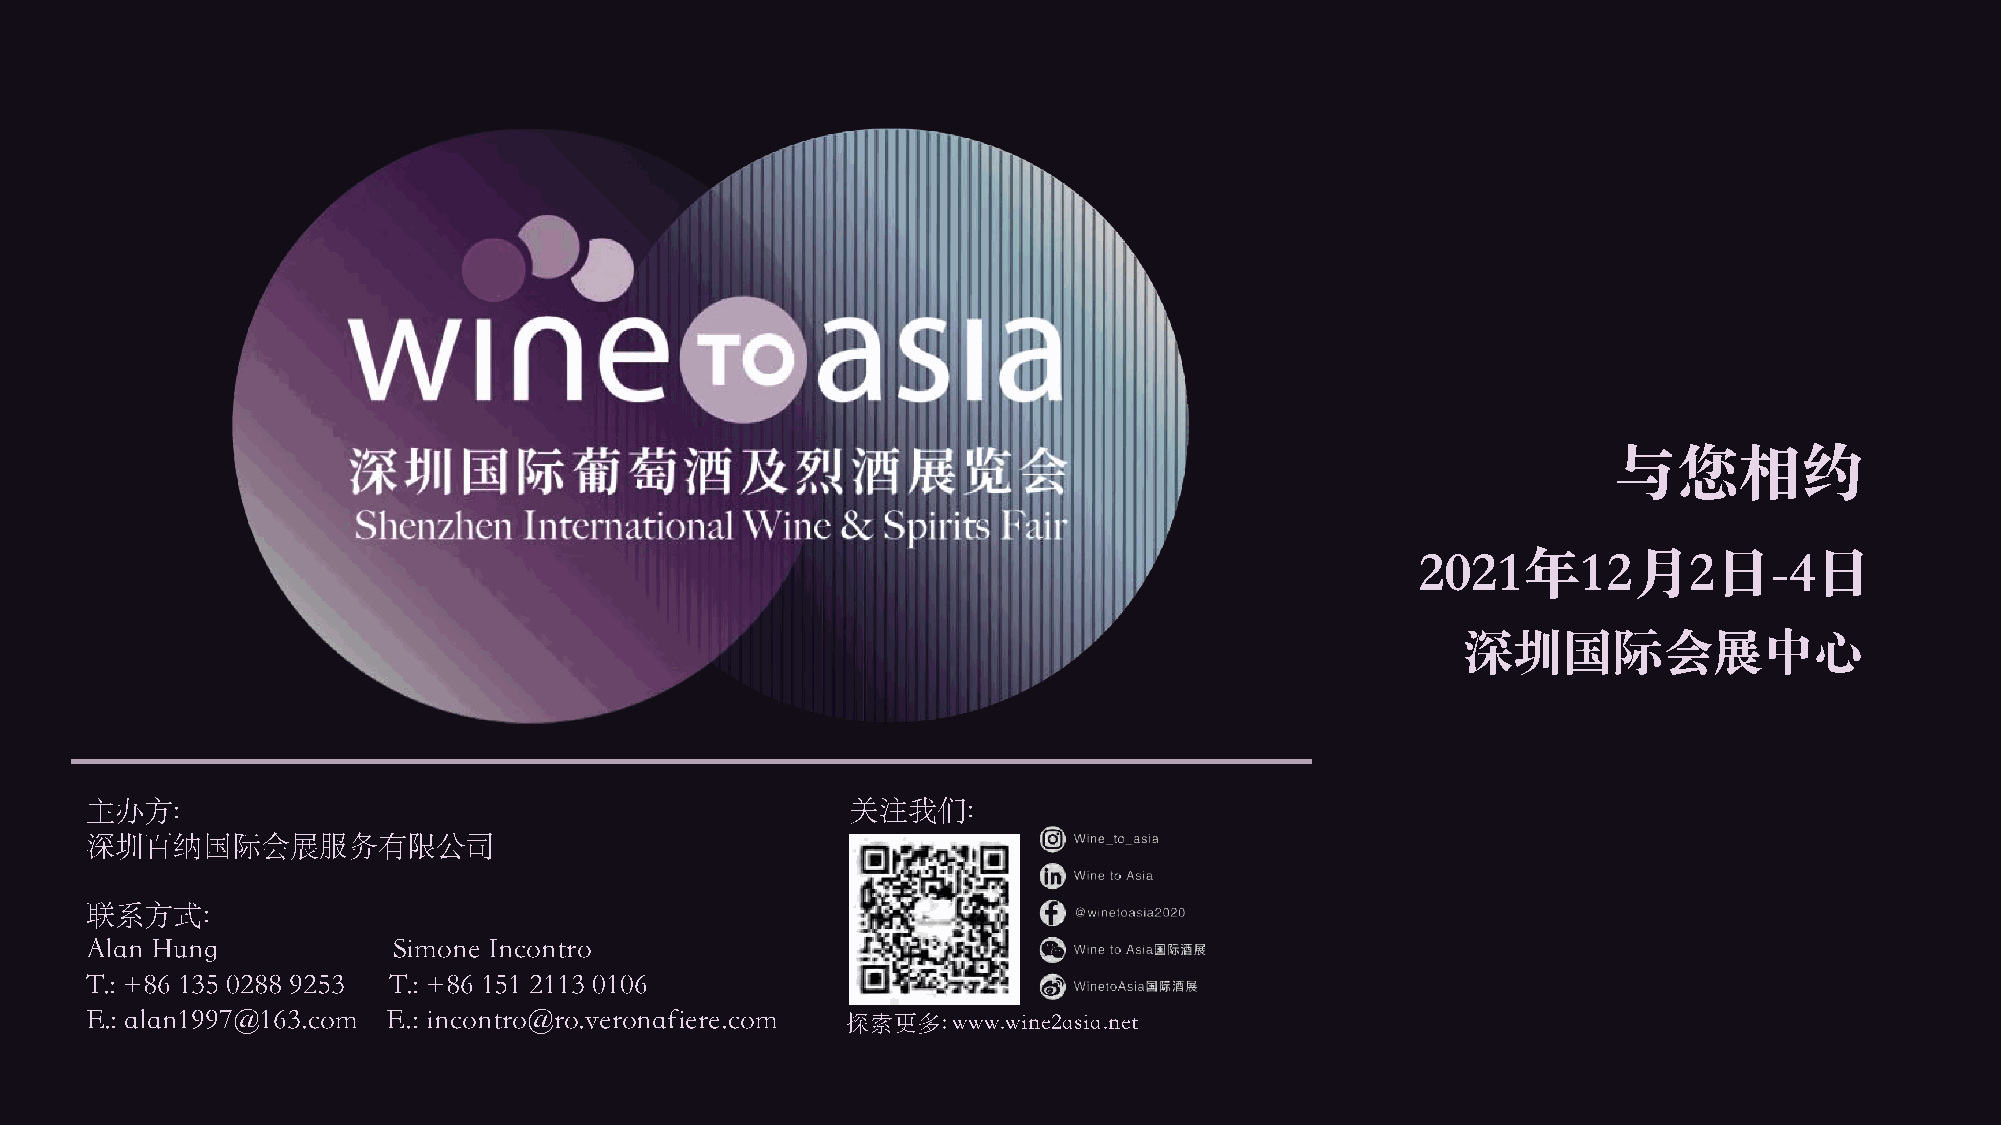
与您相约
 2021年12月2日-4日
 深圳国际会展中心
 主办⽅:                                              关注我们:
 深圳百纳国际会展服务有限公司
 联系⽅式:
 Alan Hung           Simone Incontro
 T.: +86 135 0288 9253 T.: +86 151 2113 0106
 E.: alan1997@163.com E.: incontro@ro.veronafiere.com 探索更多: www.wine2asia.net